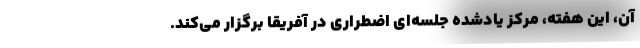
آن، این هفته، مرکز یادشده جلسه‌ای اضطراری در آفریقا برگزار می‌کند.